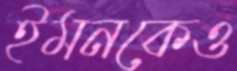
ইমনকেও